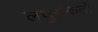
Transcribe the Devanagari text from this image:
लघुसंकेतों